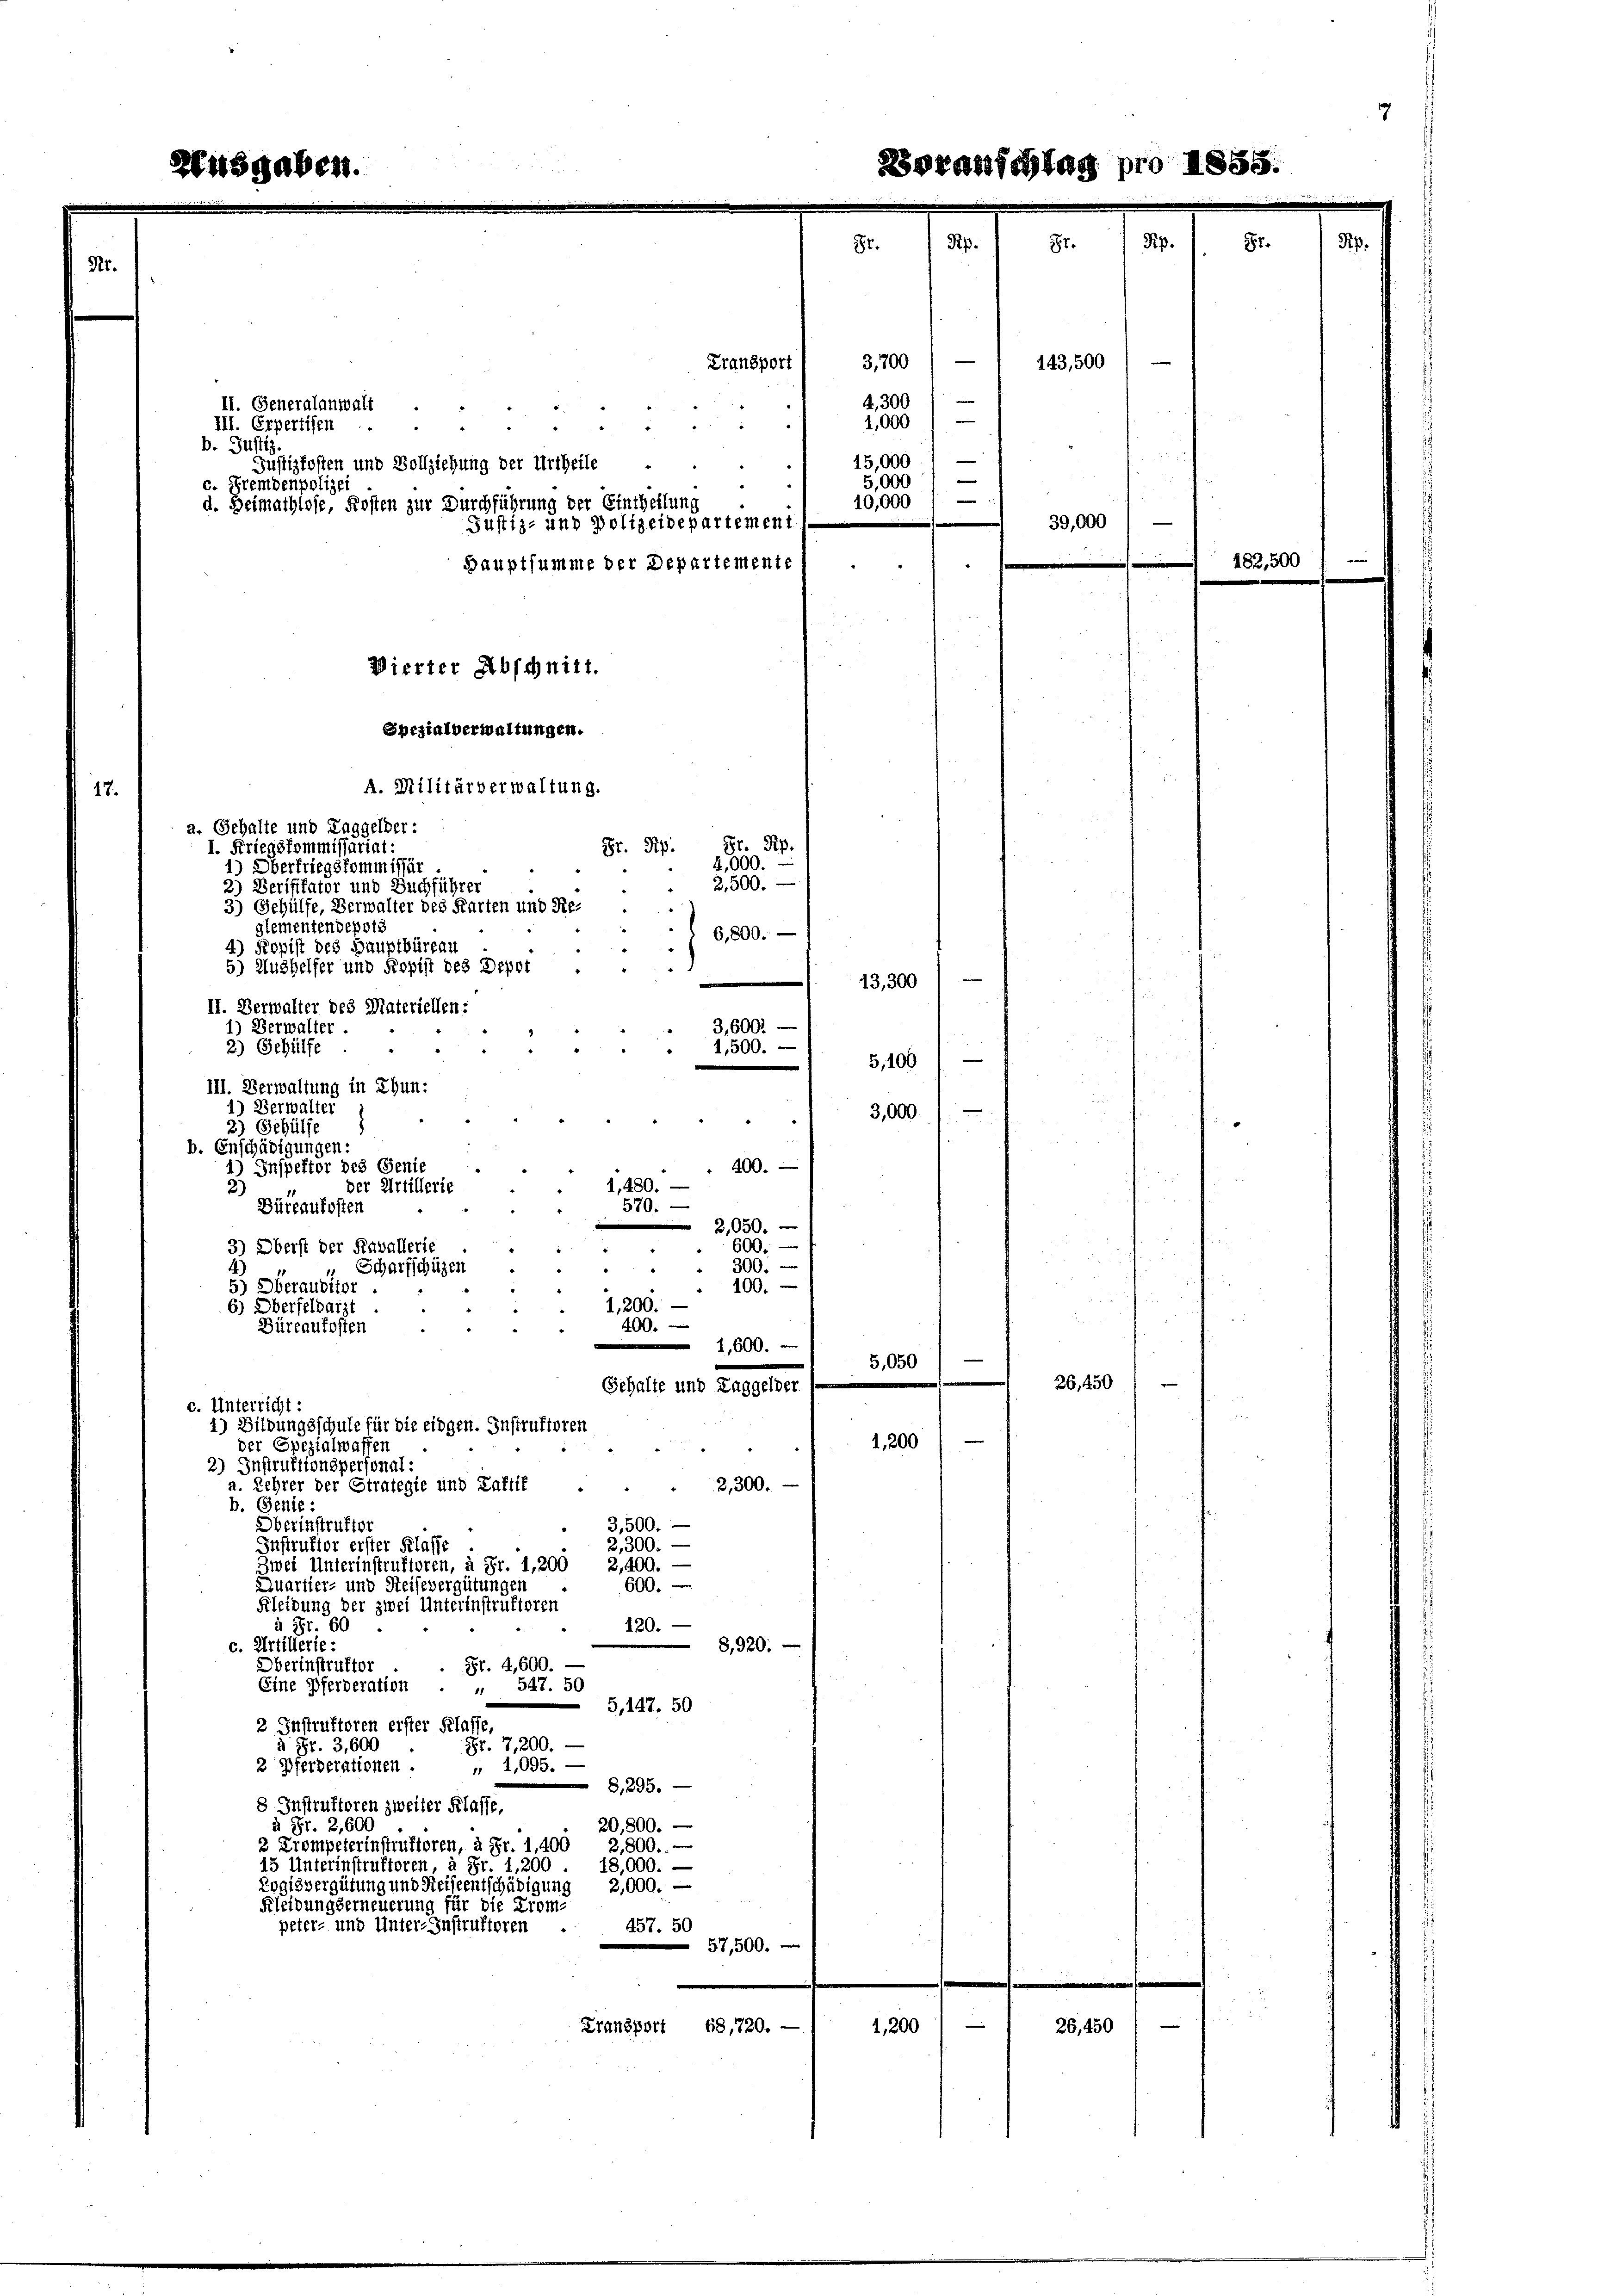
17.

II. Generalanwalt
 " " 4
Justizkosten und Vollziehung der Urtheile
d. Heimathlose, Kosten zur Durchführung der Eintheilung
Justiz- und Polizeidepartement
Hauptsumme der Departemente
Wickter Abschnitt.
Spezialverwaltungen.
A. Militärverwaltung.
a. Gehalte und Taggelder:
I. Kriegskommissariat:
1) Obertriegskommissär
2) Verifikator und Buchführer
8) Gehülfe, Verwalter des Karten und Re-
glementendepots
4) Kopist des Hauptbüreau
5) Aushelfer und Kopist des Depot
II. Verwalter des Materiellen:
1) Verwalter
2) Gehülfe
e
III. Verwaltung in Ehun:
Verwalter
e
3,000
2) Gehülfe
b. Enschädigungen:
400.
Inspektor des Senie
1,480. —
der Artillerie
2)
Büreaukosten
310.
2,050.
600.
3) Oberst der Kavallerie
 " 300.
Scharfschüzen
5) Oberausitor
100.
1,200.
6) Oberfeldarzt
400.
Büreaufosten
1,600.
5,050
Gehalte und Taggelder
c. Unterricht:
1) Bildungsschule für die eidgen. Instruktoren
1,200
der Spezialwaffen
2) Instruktionspersonal
a. Lehrer der Strafegie und Laftif
2,300.
b. Genie:
3,500.
Oberinstrafter
2,300.
Instruktor erster Klasse
Zwei Unterinstruktoren, à Fr. 1,200, 2,400. —
600.
Quartier- und Reisevergütungen
Kleidung der zwei Unterinstruktoren
120.
à Fr. 6
c. Artillerie:
8,920:
Oberinstruktor
Fr. 4,600.
Eine Pferderation
 547. 50
5,147. 50
2 Instruktoren erster Klasse
Fr. 7,200.
à Fr. 3,600
" 4,095.
2 Pferderationen.
 8,295. —
8 Instruktoren zweiter Klasse,
20,800.
à Fr. 2,600
3 Trompeterinstruktoren, à Fr. 1,400 2,800.. —
15 Unterinstruktoren à Fr. 1,200
18,000. —
Logisvergütung und Reiseentschädigung 2,000. —
Kleidungserneuerung für die Prom-
peter- und Unter-Instruktoren
457. 51
57,500.
Transport 48,720.
1,200
d

III. Erpertisen
B. Justiz.
c. Fremdenpolizei.

4,300/
1,000)

Schlag

3,700 / — 1 143,500
Transport
e
15,000
5,000
e
10,000
39,000

Gr. Rp. Pr. Pip
4,000.
2500. —
6,800. —
13,300
3,600. —
1,500. —
5,100

un
26,450